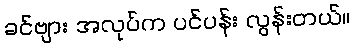
ခင်ဗျား အလုပ်က ပင်ပန်း လွန်းတယ်။